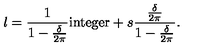
l = { \frac { 1 } { 1 - { \frac { \delta } { 2 \pi } } } } \mathrm { i n t e g e r } + s { \frac { \frac { \delta } { 2 \pi } } { 1 - { \frac { \delta } { 2 \pi } } } } .